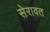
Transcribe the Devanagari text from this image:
सेरावत